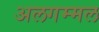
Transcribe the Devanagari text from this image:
अलगम्मल